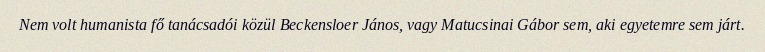
Nem volt humanista fő tanácsadói közül Beckensloer János, vagy Matucsinai Gábor sem, aki egyetemre sem járt.